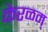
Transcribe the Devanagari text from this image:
केरळम्